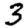
Digit: 3